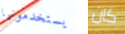
يستخدمونها كان